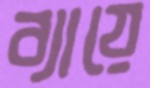
ব্যায়ে